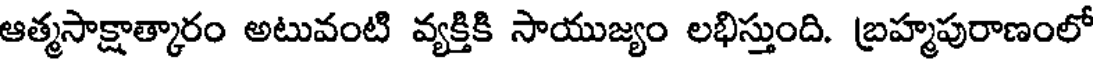
ఆత్మసాక్షాత్కారం అటువంటి వ్యక్తికి సాయుజ్యం లభిస్తుంది. బ్రహ్మపురాణంలో